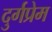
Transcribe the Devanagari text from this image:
दुर्गप्रेम